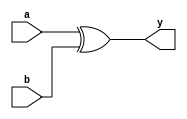
module xor_behave(a,b,y);
output reg y;
input a,b;
always@(a,b)
begin 
  y=(a^b);
end

endmodule